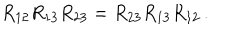
LaTeX: R _ { 1 2 } R _ { 1 3 } R _ { 2 3 } = R _ { 2 3 } R _ { 1 3 } R _ { 1 2 } \, .